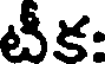
టీక: